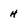
Character: H